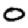
Digit: 0